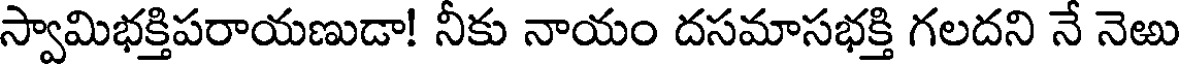
స్వామిభక్తిపరాయణుడా! నీకు నాయం దసమాసభక్తి గలదని నే నెఱు